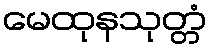
မေထုနသုတ္တံ